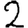
Digit: 2